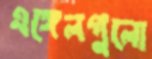
এঙ্গেলগুলো